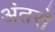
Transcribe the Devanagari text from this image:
अंतरो